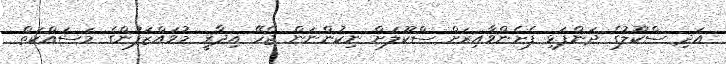
އަދި ސްކޫލުގެ ދަންފަޅި ފެށެންވާއިރަށް ސްކޫލަށް ނިކުންނަން ޖެހޭ އިދާރީ މުވައްޒަފުންގެ މަސައްކަތް